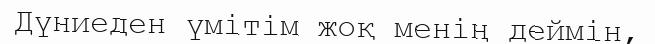
Дүниеден үмітім жоқ менің деймін,